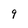
Character: 9